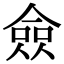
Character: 僉